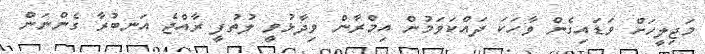
މަޖިލީހަށް ވަޑައިގެން ވާހަކަ ދައްކަވަމުން އިމްރާން ވިދާޅުވީ ލުތުފީ ރާއްޖެ އަނބުރާ ގެންނަން